Vaccination in Bombay 1856-1862 - 1856-1862
Year: 1856
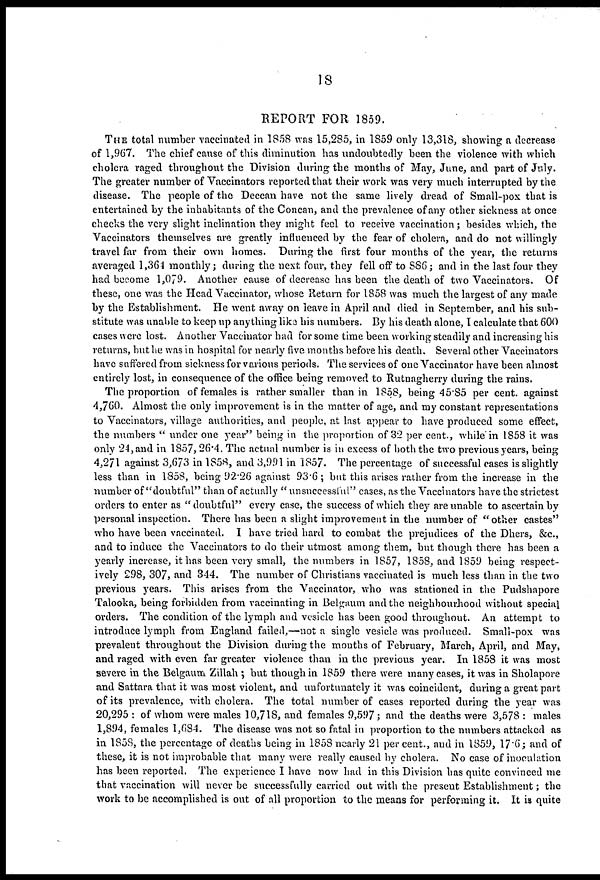
18
REPORT FOR 1859.
THE total number vaccinated in 1858 was 15,285, in 1859 only 13,318, showing a decrease
of 1,967. The chief cause of this diminution has undoubtedly been the violence with which
cholera raged throughout the Division during the months of May, June, and part of July.
The greater number of Vaccinators reported that their work was very much interrupted by the
disease. The people of the Deccan have not the same lively dread of Small-pox that is
entertained by the inhabitants of the Concan, and the prevalence of any other sickness at once
checks the very slight inclination they might feel to receive vaccination; besides which, the
Vaccinators themselves are greatly influenced by the fear of cholera, and do not willingly
travel far from their own homes. During the first four months of the year, the returns
averaged 1,364 monthly; during the next four, they fell off to 886; and in the last four they
had become 1,079. Another cause of decrease has been the death of two Vaccinators. Of
these, one was the Head Vaccinator, whose Return for 1858 was much the largest of any made
by the Establishment. He went away on leave in April and died in September, and his sub-
stitute was unable to keep up anything like his numbers. By his death alone, I calculate that 600
cases were lost. Another Vaccinator had for some time been working steadily and increasing his
returns, but he was in hospital for nearly five months before his death. Several other Vaccinators
have suffered from sickness for various periods. The services of one Vaccinator have been almost
entirely lost, in consequence of the office being removed to Rutnagherry during the rains.
The proportion of females is rather smaller than in 1858, being 45.85 per cent. against
4,760. Almost the only improvement is in the matter of age, and my constant representations
to Vaccinators, village authorities, and people, at last appear to have produced some effect,
the numbers " under one year" being in the proportion of 32 per cent., while in 1858 it was
only 24, and in 1857,26.4. The actual number is in excess of both the two previous years, being
4,271 against 3,673 in 1858, and 3,991 in 1857. The percentage of successful cases is slightly-
less than in 1858, being 92.26 against 93.6; but this arises rather from the increase in the
number of "doubtful" than of actually " unsuccessful" cases, as the Vaccinators have the strictest
orders to enter as "doubtful" every case, the success of which they are unable to ascertain by
personal inspection. There has been a slight improvement in the number of "other castes"
who have been vaccinated. I have tried hard to combat the prejudices of the Dhers, &c.,
and to induce the Vaccinators to do their utmost among them, but though there has been a
yearly increase, it has been very small, the numbers in 1857, 1858, and 1859 being respect-
ively 298, 307, and 344. The number of Christians vaccinated is much less than in the two
previous years. This arises from the Vaccinator, who was stationed in the Pudshapore
Talooka, being forbidden from vaccinating in Belgaum and the neighbourhood without special
orders. The condition of the lymph and vesicle has been good throughout. An attempt to
introduce lymph from England failed,—not a single vesicle was produced. Small-pox was
prevalent throughout the Division during the mouths of February, March, April, and May,
and raged with even far greater violence than in the previous year. In 1858 it was most
severe in the Belgaum Zillah ; but though in 1859 there were many cases, it was in Sholapore
and Sattara that it was most violent, and unfortunately it was coincident, during a great part
of its prevalence, with cholera. The total number of cases reported during the year was
20,295 : of whom were males 10,718, and females 9,597; and the deaths were 3,578 : males
1,894, females 1,684. The disease was not so fatal in proportion to the numbers attacked as
in 1858, the percentage of deaths being in 1858 nearly 21 per cent., and in 1859, 17.6; and of
these, it is not improbable that many were really caused by cholera. No case of inoculation
has been reported. The experience I have now had in this Division has quite convinced me
that vaccination will never be successfully carried out with the present Establishment; the
work to be accomplished is out of all proportion to the means for performing it. It is quite